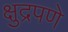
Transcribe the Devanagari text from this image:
क्षुद्रपणे